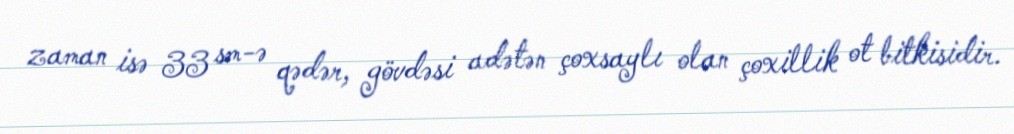
zaman isə 33 sm-ə qədər, gövdəsi adətən çoxsaylı olan çoxillik ot bitkisidir.